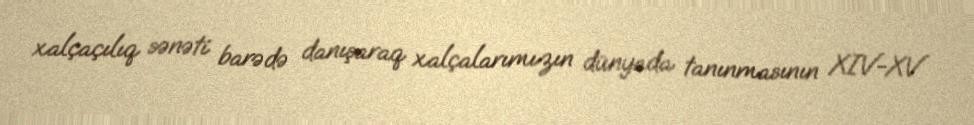
xalçaçılıq sənəti barədə danışaraq xalçalarımızın dünyada tanınmasının XIV-XV